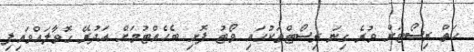
ހަތް ރިސޯޓަށް ވުރެ ގިނަ ރިސޯޓްތަކުގައި ވޯޓު ފޮށި ބެހެއްޓުމަށް އަދުރޭ ގޮވާލައްވައިފި